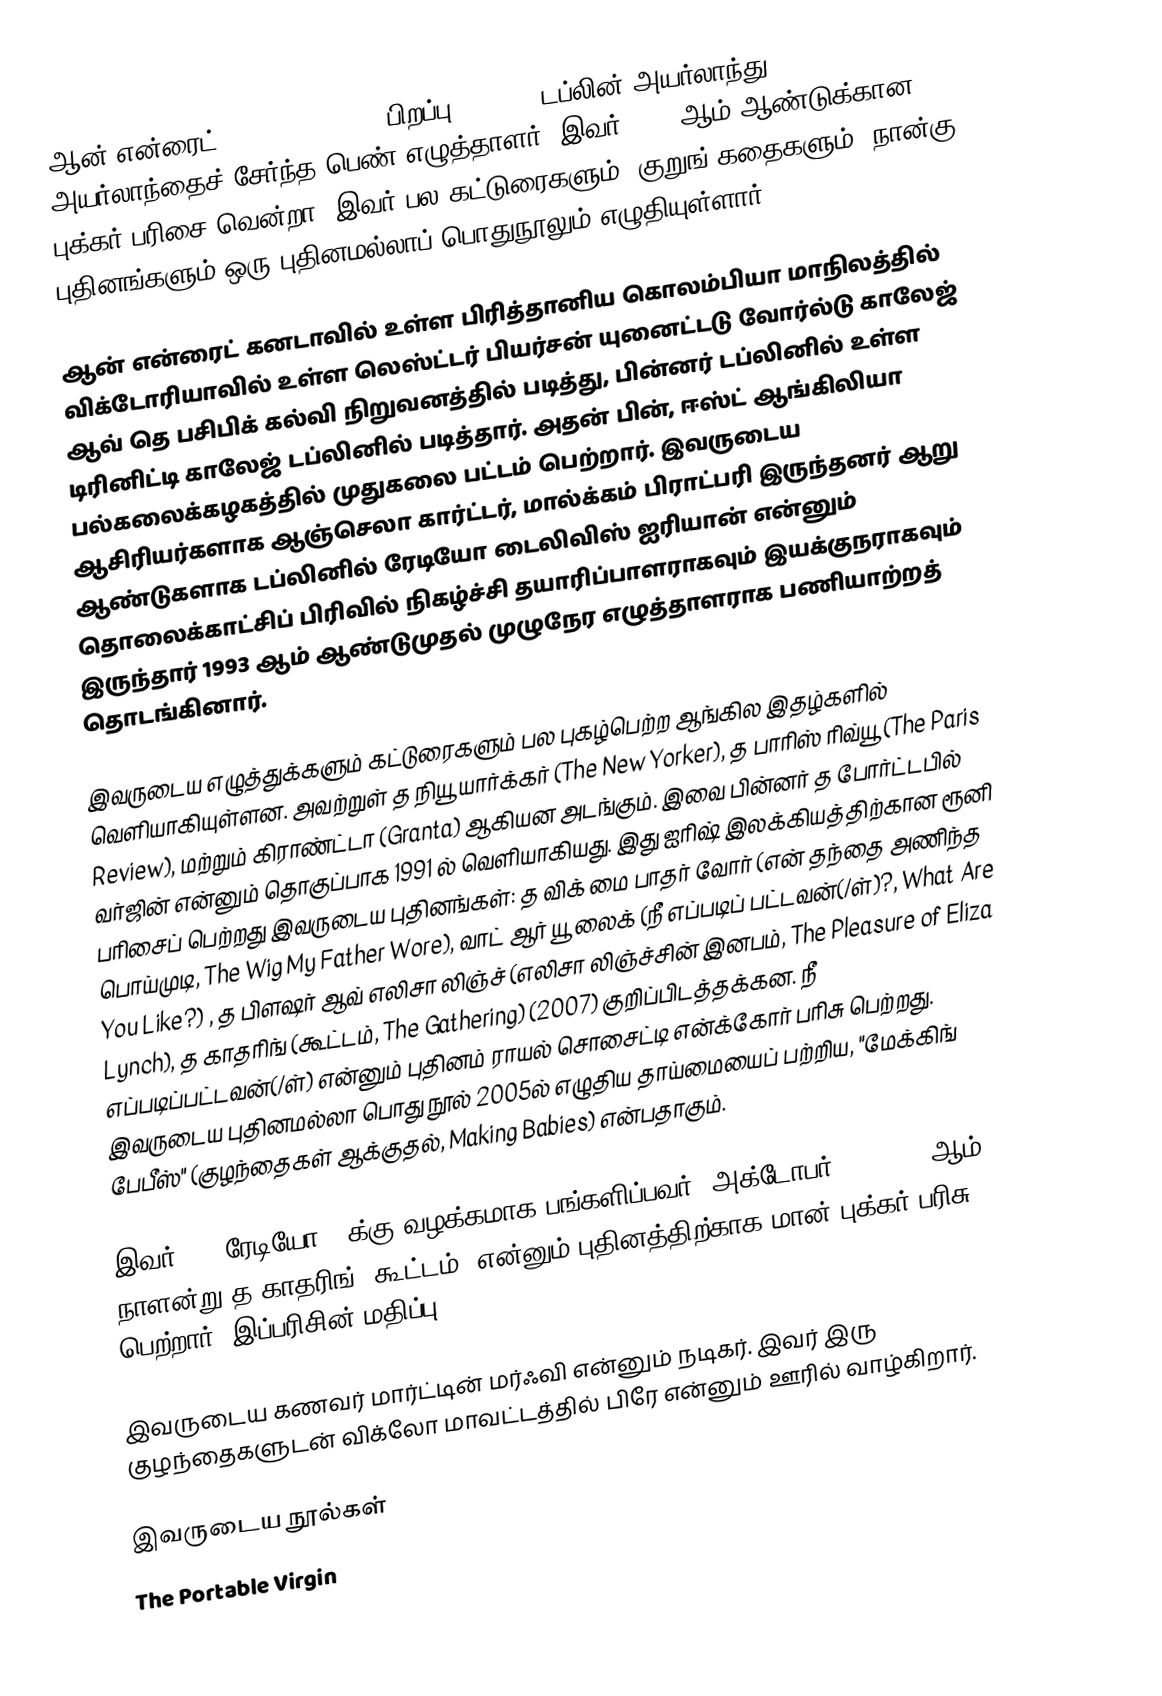
ஆன் என்ரைட் (Anne Enright) (பிறப்பு: 1962 , டப்லின் அயர்லாந்து) அயர்லாந்தைச் சேர்ந்த பெண் எழுத்தாளர். இவர் 2007 ஆம் ஆண்டுக்கான புக்கர் பரிசை வென்றா.  இவர் பல கட்டுரைகளும், குறுங் கதைகளும், நான்கு புதினங்களும் ஒரு புதினமல்லாப் பொதுநூலும் எழுதியுள்ளார்.

ஆன் என்ரைட் கனடாவில் உள்ள பிரித்தானிய கொலம்பியா மாநிலத்தில் விக்டோரியாவில் உள்ள லெஸ்ட்டர் பியர்சன் யுனைட்டடு வோர்ல்டு காலேஜ் ஆவ் தெ பசிபிக் கல்வி நிறுவனத்தில் படித்து, பின்னர் டப்லினில் உள்ள டிரினிட்டி காலேஜ் டப்லினில் படித்தார். அதன் பின், ஈஸ்ட் ஆங்கிலியா பல்கலைக்கழகத்தில் முதுகலை பட்டம் பெற்றார்.  இவருடைய ஆசிரியர்களாக ஆஞ்செலா கார்ட்டர், மால்க்கம் பிராட்பரி இருந்தனர்  ஆறு ஆண்டுகளாக டப்லினில் ரேடியோ டைலிவிஸ் ஐரியான் என்னும் தொலைக்காட்சிப் பிரிவில் நிகழ்ச்சி தயாரிப்பாளராகவும் இயக்குநராகவும் இருந்தார் 1993 ஆம் ஆண்டுமுதல் முழுநேர எழுத்தாளராக பணியாற்றத் தொடங்கினார்.

இவருடைய எழுத்துக்களும் கட்டுரைகளும் பல புகழ்பெற்ற ஆங்கில இதழ்களில் வெளியாகியுள்ளன. அவற்றுள் த நியூ யார்க்கர் (The New Yorker), த பாரிஸ் ரிவ்யூ (The Paris Review), மற்றும் கிராண்ட்டா (Granta) ஆகியன அடங்கும். இவை பின்னர் த போர்ட்டபில் வர்ஜின் என்னும் தொகுப்பாக 1991 ல் வெளியாகியது. இது ஐரிஷ் இலக்கியத்திற்கான ரூனி பரிசைப் பெற்றது  இவருடைய புதினங்கள்: த விக் மை பாதர் வோர் (என் தந்தை அணிந்த பொய்முடி, The Wig My Father Wore), வாட் ஆர் யூ லைக் (நீ எப்படிப் பட்டவன்(/ள்)?, What Are You Like?) , த பிளஷர் ஆவ் எலிசா லிஞ்ச் (எலிசா லிஞ்ச்சின் இனபம், The Pleasure of Eliza Lynch), த காதரிங் (கூட்டம், The Gathering) (2007) குறிப்பிடத்தக்கன. நீ எப்படிப்பட்டவன்(/ள்) என்னும் புதினம் ராயல் சொசைட்டி என்க்கோர் பரிசு பெற்றது. இவருடைய புதினமல்லா பொது நூல் 2005ல் எழுதிய தாய்மையைப் பற்றிய, "மேக்கிங் பேபீஸ்" (குழந்தைகள் ஆக்குதல்,  Making Babies) என்பதாகும்.

இவர் BBC ரேடியோ 4 க்கு வழக்கமாக பங்களிப்பவர். அக்டோபர் 16, 2007 ஆம் நாளன்று த காதரிங் (கூட்டம்) என்னும் புதினத்திற்காக மான் புக்கர் பரிசு பெற்றார். இப்பரிசின் மதிப்பு £50,000

இவருடைய கணவர் மார்ட்டின் மர்ஃவி என்னும் நடிகர். இவர் இரு குழந்தைகளுடன் விக்லோ மாவட்டத்தில் பிரே என்னும் ஊரில் வாழ்கிறார்.

இவருடைய நூல்கள்
The Portable Virgin